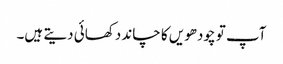
آپ تو چودھویں کا چاند دکھائی دیتے ہیں۔